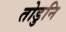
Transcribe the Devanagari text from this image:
तोडुनि